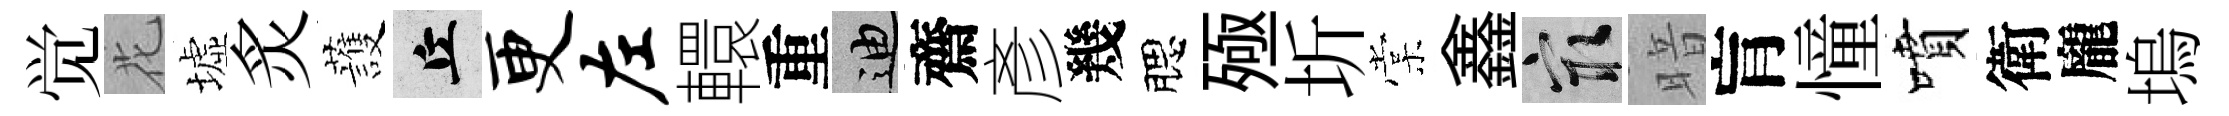
觉花墟炙䕶丘更左轘重迪齋彥幾腮殛圻棠鑫冣暗肓憧噴衛龐塢